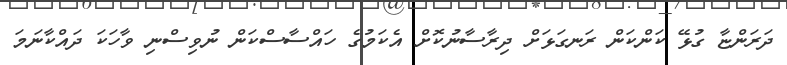
ދަރަންޏާ ގުޅޭ ކަންކަން ރަނގަޅަށް ދިރާސާނުކޮށް އެކަމުގެ ހައްސާސްކަން ނުވިސްނި ވާހަކަ ދައްކާނަމަ